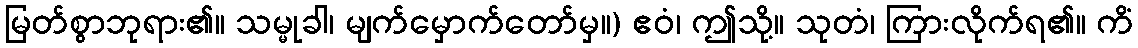
မြတ်စွာဘုရား၏။ သမ္မုခါ၊ မျက်မှောက်တော်မှ။) ဧဝံ၊ ဤသို့။ သုတံ၊ ကြားလိုက်ရ၏။ ကိံ